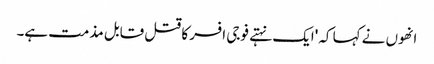
انھوں نے کہا کہ 'ایک نہتے فوجی افسر کا قتل قابل مذمت ہے۔